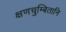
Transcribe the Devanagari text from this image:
क्षणचुम्बितानि